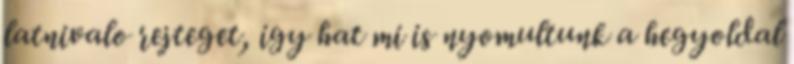
latnivalo rejteget, igy hat mi is nyomultunk a hegyoldal